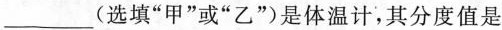
___(选填”甲“或”乙”）是体温计，其分度值是